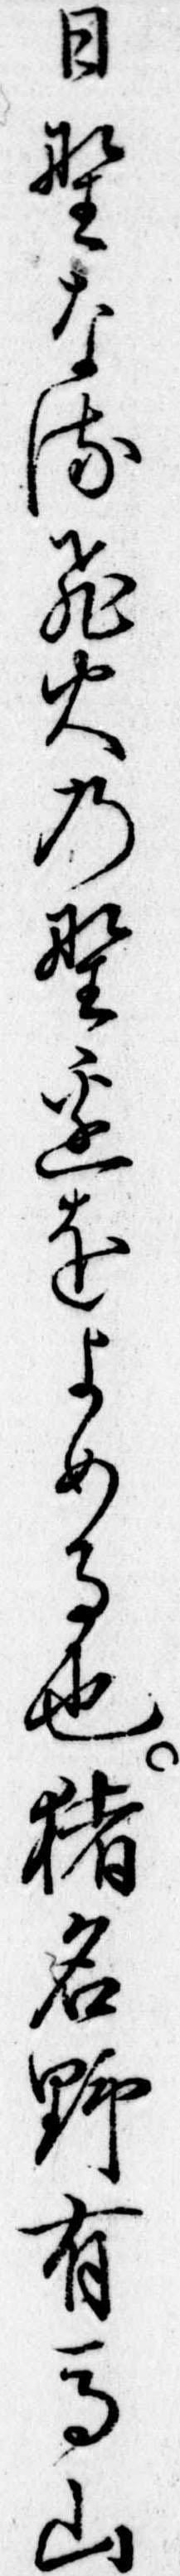
日野なる飛火の野辺をよめる也猪名野有馬山